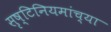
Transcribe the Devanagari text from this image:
सृष्टिनियमांच्या